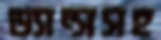
ড্যান্সসহ